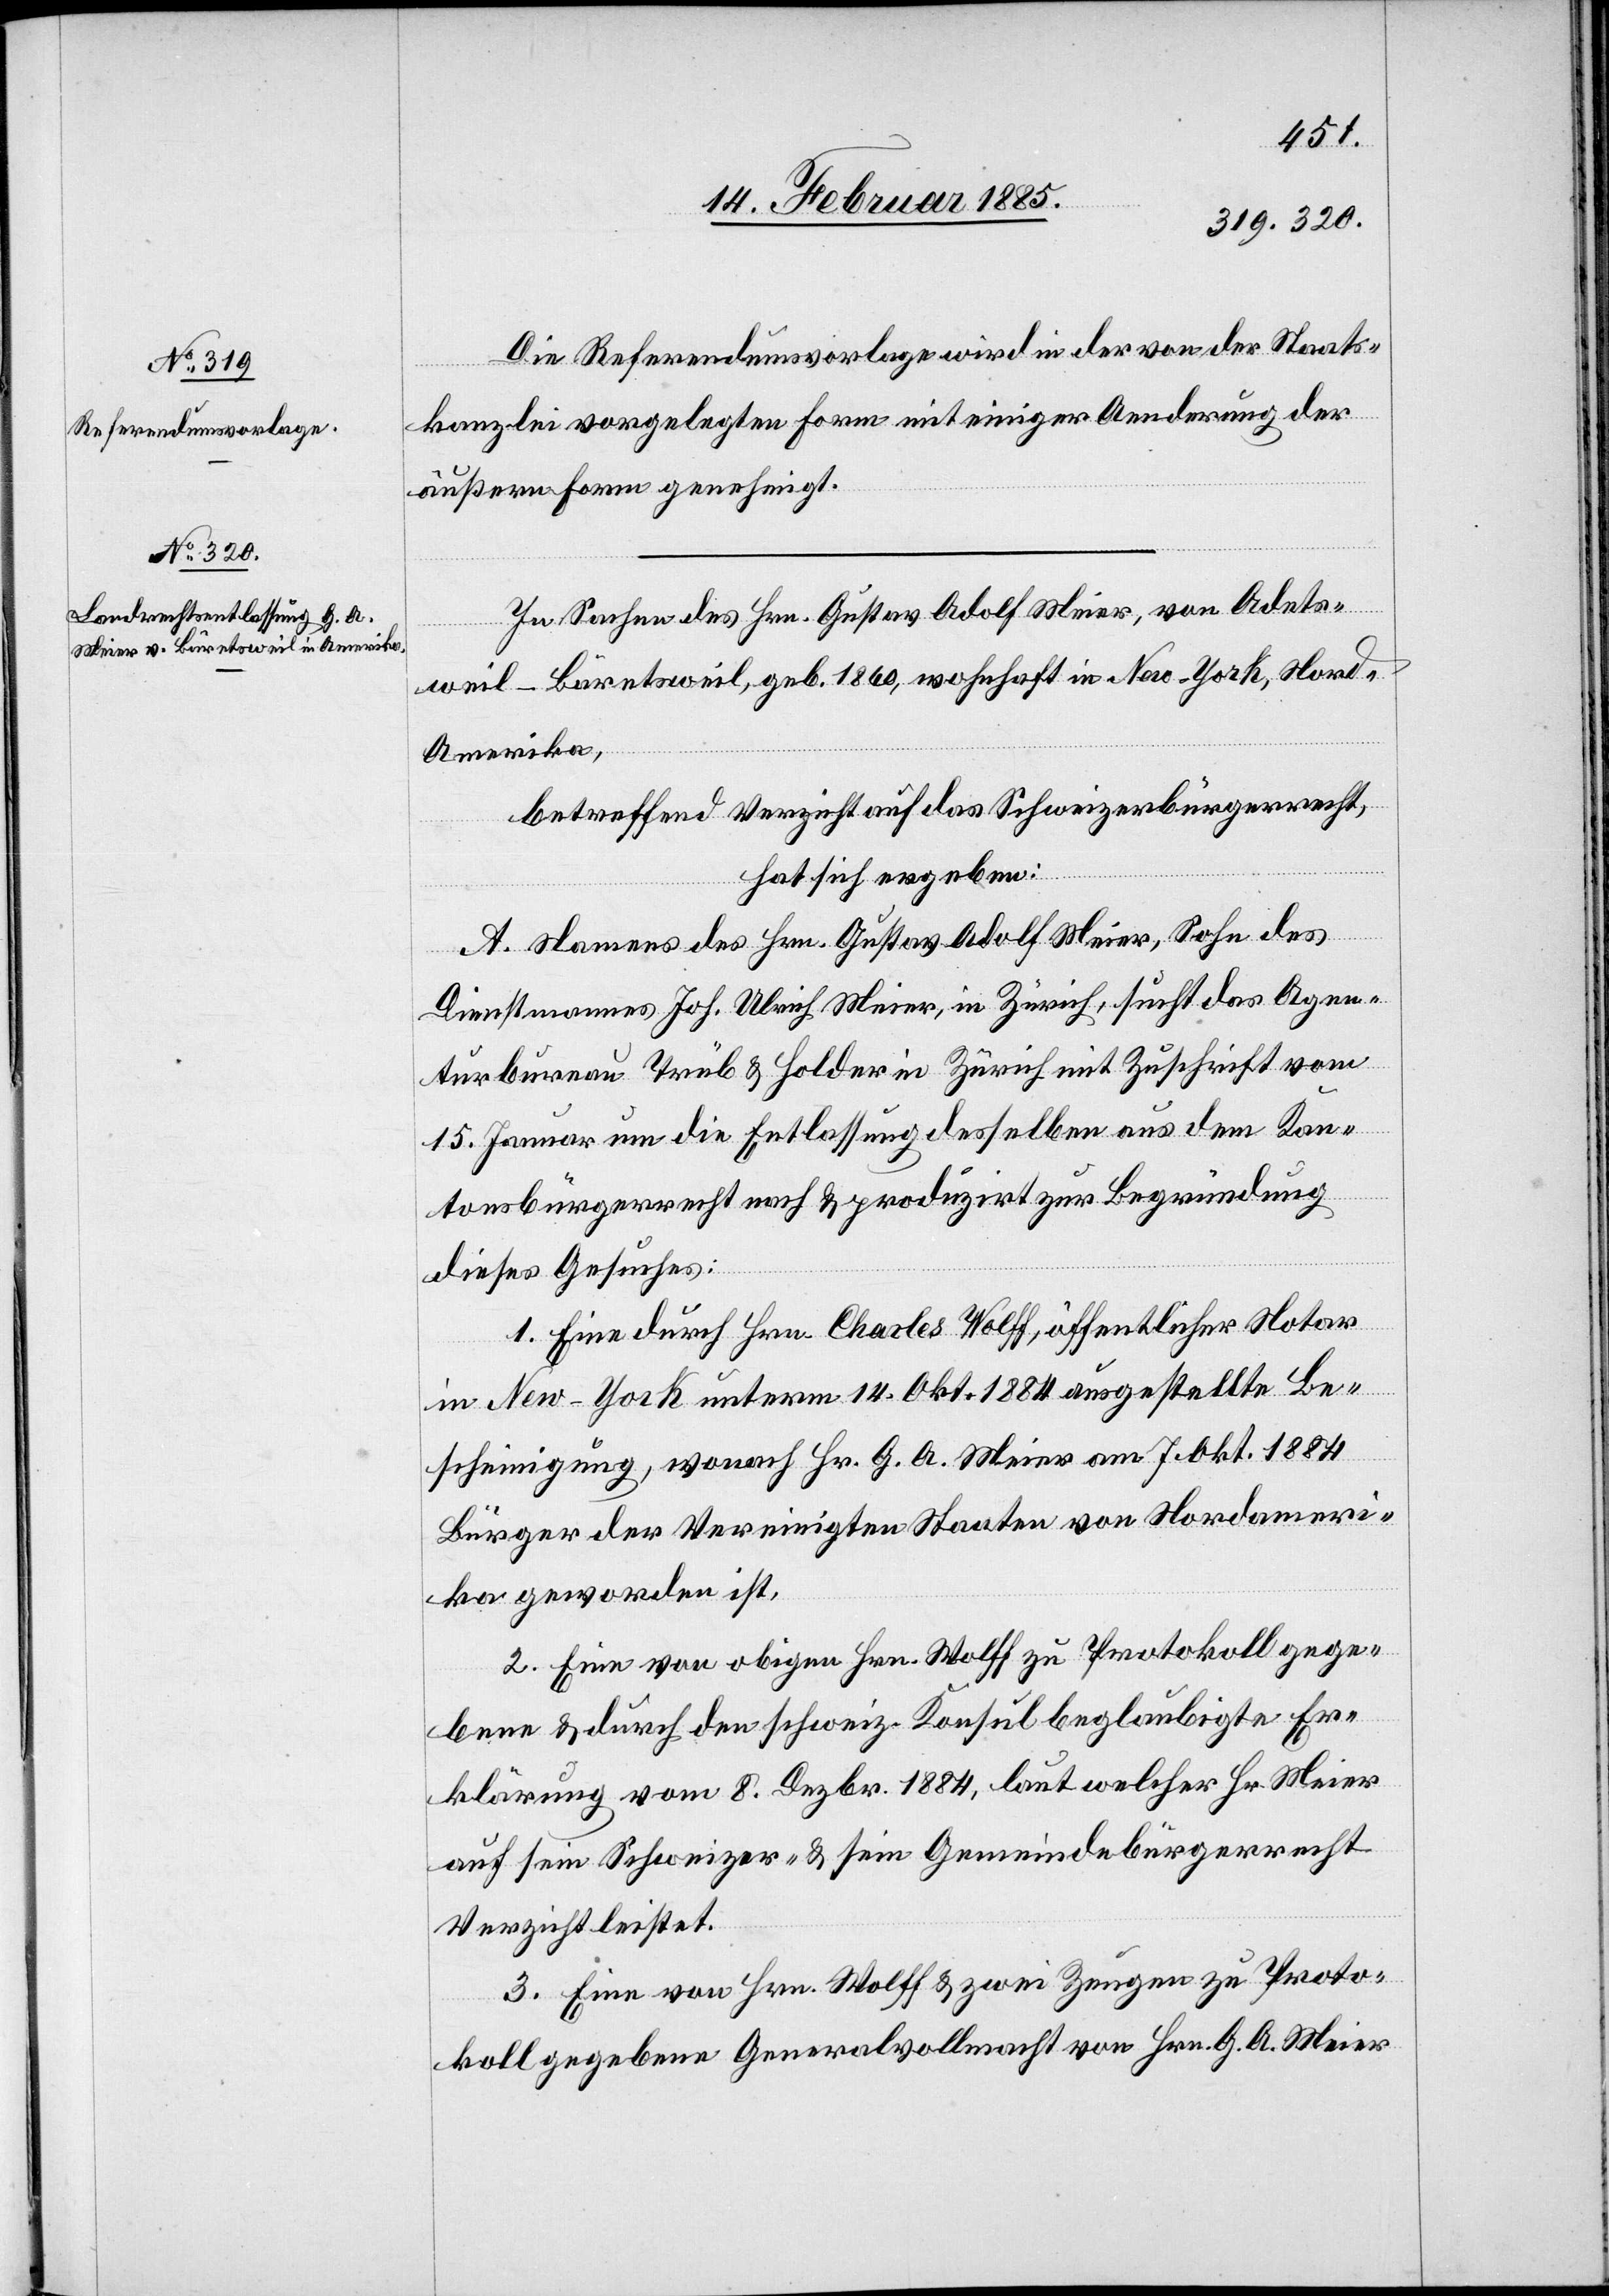
Die Referendumsvorlage wird in der von der Staats¬
kanzlei vorgelegten Form mit einiger Aenderung der
äußern Form genehmigt.
In Sachen des Hrn. Gustav Adolf Meier, von Adets¬
weil - Bäretsweil, geb. 1860, wohnhaft in New-York, Nord-A¬
merika,
betreffend Verzicht auf das Schweizerbürgerrecht,
hat sich ergeben:
A. Namens des Hrn. Gustav Adolf Meier, Sohn des
Dienstmannes Joh. Ulrich Meier, in Zürich, sucht das Agen¬
turbureau Trüb & Holder in Zürich mit Zuschrift vom
15. Januar um die Entlassung desselben aus dem Kan¬
tonsbürgerrecht nach & produzirt zur Begründung
dieses Gesucht:
1. Eine durch Hrn. Charles Wolff, öffentlicher Notar
in New-York unterm 14. Okt. 1884 ausgestellte Be¬
scheinigung, wonach Hr. G. A. Meier am 7. Okt. 1884
Bürger der Vereinigten Staaten von Nordameri¬
ka geworden ist,
2. Eine von obigen Hrn. Wolff zu Protokoll gege¬
bene & durch den schweiz. Konsul beglaubigte Er¬
klärung vom 8. Dezbr. 1884, laut welcher Hr. Meier
auf sein Schweizer- & sein Gemeindebürgerrecht
Verzicht leistet.
3. Eine von Hrn. Wolff & zwei Zeugen zu Proto¬
koll gegebene Generalvollmacht von Hrn. G. A. Meier